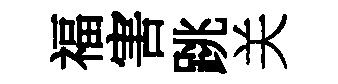
福害跳关